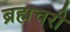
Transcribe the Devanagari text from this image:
ब्रह्मचरी